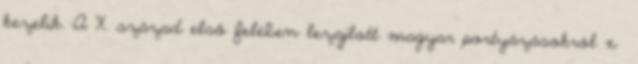
kezelik. A X. század első felében lezajlott magyar portyázásokról x